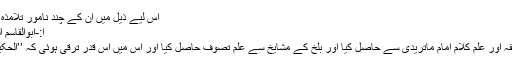
اس لیے ذیل میں ان کے چند نامور تلامذہ کا ذکر کیاجاتا ہے:
ا:-ابوالقاسم السمرقندی رحمہ اللہ
اپنے وقت میں علم فقہ اور علم کلام امام ماتریدیؒ سے حاصل کیا اور بلخ کے مشایخ سے علمِ تصوف حاصل کیا اور اس میں اس قدر ترقی ہوئی کہ ’’الحکیم‘‘ ان کا لقب پڑگیا۔